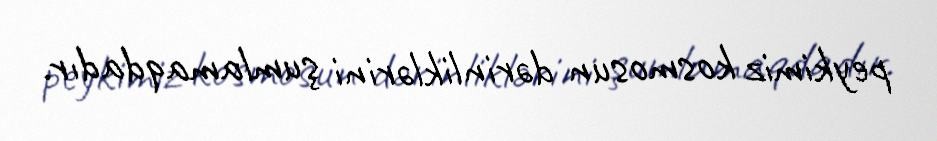
peykimiz kosmosun dərinliklərini şumlamaqdadır.